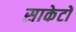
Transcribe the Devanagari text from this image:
साकेटों